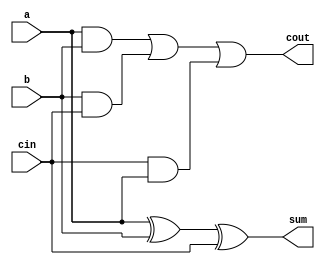
`timescale 1 ns/10 ps
module full_adder(a,b,cin,sum,cout);
input a,b,cin;
output wire sum,cout;
assign sum=a^b^cin;
assign cout=(a&b)|(b&cin)|(cin&a);
endmodule